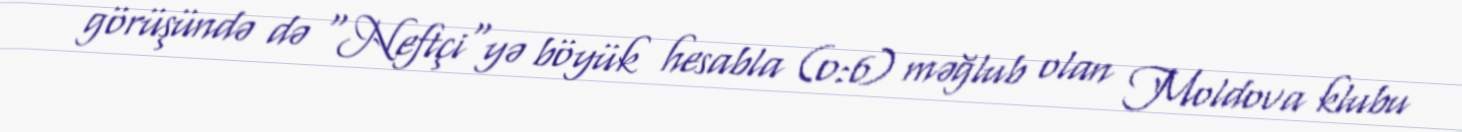
görüşündə də "Neftçi"yə böyük hesabla (0:6) məğlub olan Moldova klubu